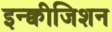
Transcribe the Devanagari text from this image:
इन्क्वीजिशन